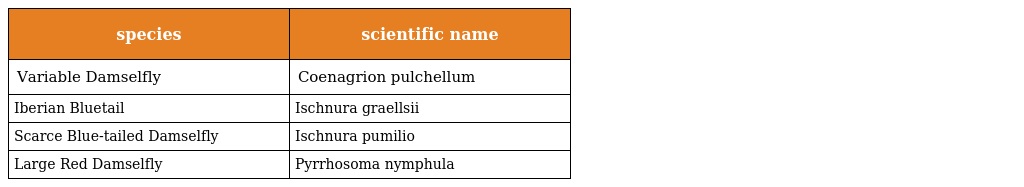
| species | scientific name |
 | --- | --- |
 | Variable Damselfly | Coenagrion pulchellum |
 | Iberian Bluetail | Ischnura graellsii |
 | Scarce Blue-tailed Damselfly | Ischnura pumilio |
 | Large Red Damselfly | Pyrrhosoma nymphula |